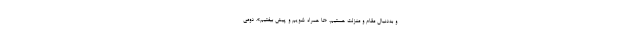
و به‌دنبال مقام و منزلت هستیم، «تا همراه شویم و پیش بیفتیم». دومی